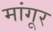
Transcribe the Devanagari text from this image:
मांगूर